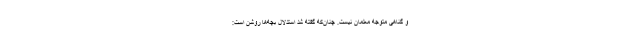
و گناهی متوجه معلمان نیست. چنان‌که گفته شد استدلال بچه‌ها روشن است: